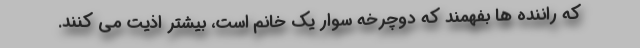
که راننده ها بفهمند که دوچرخه سوار یک خانم است، بیشتر اذیت می کنند.